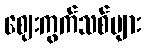
ဈေးကွက်သစ်များ